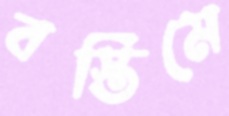
বস্তিমে